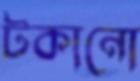
টকানো